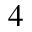
_ 4